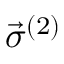
\vec { \sigma } ^ { ( 2 ) }